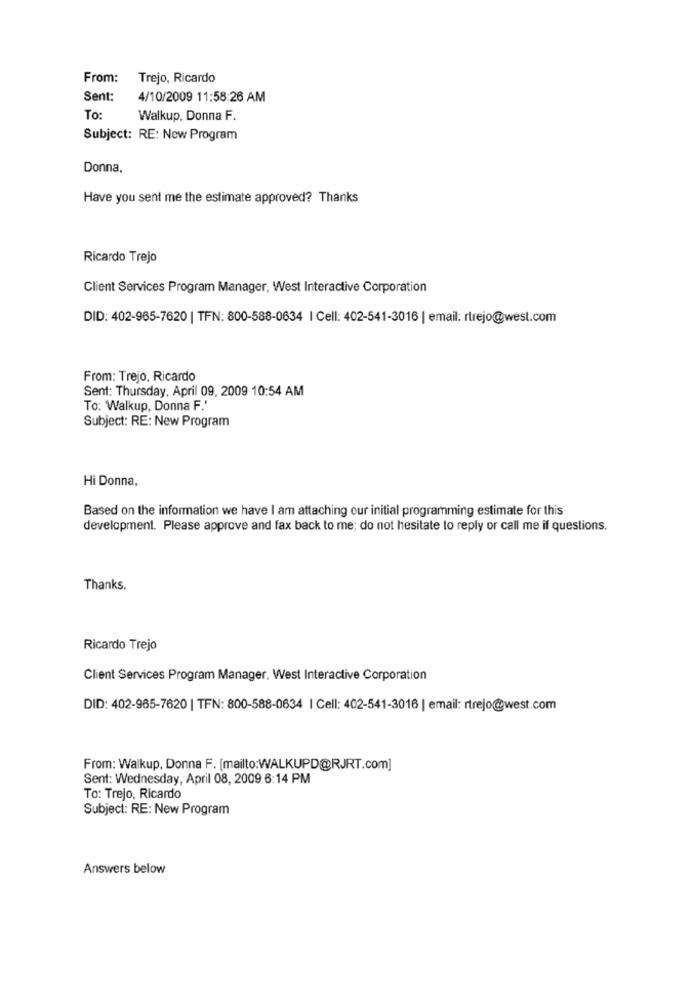
From:
Trejo, Ricardo
Sent:
4/10/2009 11:58:26 AM
To:
Walkup, Donna F.
Subject: RE: New Program
Donna.
Have you sent me the estimate approved? Thanks
Ricardo Trejo
Client Services Program Manager, West Interactive Corporation
DID: 402-965-7620 | TFN: 800-588-0634 | Cell: 402-541-3016 | email: rtrejo@west.com
From: Trejo, Ricardo
Sent: Thursday, April 09, 2009 10:54 AM
To: Walkup, Donna F.'
Subject: RE: New Program
Hi Donna,
Based on the information we have I am attaching our initial programming estimate for this
development. Please approve and fax back to me; do not hesitate to reply or call me if questions.
Thanks.
Ricardo Trejo
Client Services Program Manager, West Interactive Corporation
DID: 402-965-7620 | TFN: 800-588-0634 | Cell: 402-541-3016 | email: rtrejo@west.com
From: Walkup, Donna F. [mailto:WALKUPD@RJRT.com]
Sent: Wednesday, April 08, 2009 6:14 PM
To: Trejo, Ricardo
Subject: RE: New Program
Answers below